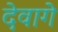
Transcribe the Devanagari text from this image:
देवागे